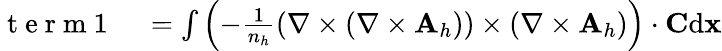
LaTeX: \begin{array}{rl}{\mathrm{~t~e~r~m~1~}}&{{}=\int\left(-\frac{1}{n_{h}}\left({\nabla}\times({\nabla}\times{\mathbf A}_{h})\right)\times\left({\nabla}\times{\mathbf A}_{h}\right)\right)\cdot{\mathbf C}\mathrm{d}{\mathbf x}}\end{array}